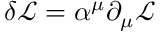
\delta { \mathcal { L } } = \alpha ^ { \mu } \partial _ { \mu } { \mathcal { L } }